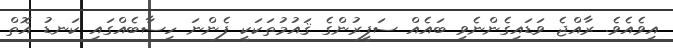
އިވެއެވެ. ރާއްޖެ ވަޑައިގެންނެވި ބައެއް ސަފީރުންގެ ޤައުމުތަކަކީ ފެންނަ ހިސާބެއްގައި ކަނޑު އޮތް